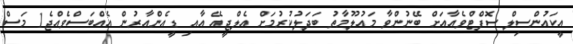
އީކައުންސިލް ސޮފްޓްވެއާއަށް ބޭނުންވާ މައުލޫމާތު ބަދަލުކުރުމަށް އެލްޖީއޭ އާއި ޑީއެންއާރުން އެއްބަސްވެއްޖެ1 މަސް